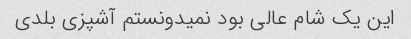
این یک شام عالی بود نمیدونستم آشپزی بلدی